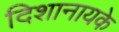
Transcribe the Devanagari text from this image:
दिशानायके